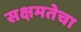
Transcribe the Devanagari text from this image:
सक्षमतेचा